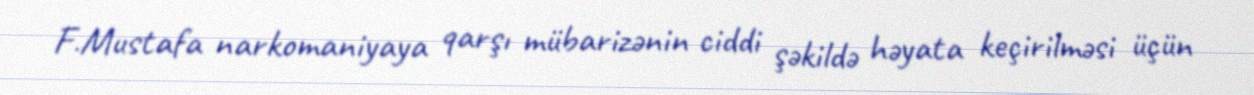
F.Mustafa narkomaniyaya qarşı mübarizənin ciddi şəkildə həyata keçirilməsi üçün